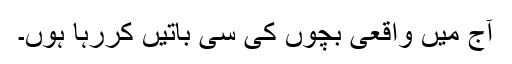
آج میں واقعی بچوں کی سی باتیں کررہا ہوں۔